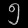
Digit: ၅